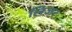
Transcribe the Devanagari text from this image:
लिजर